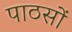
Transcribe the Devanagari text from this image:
पाठसों